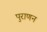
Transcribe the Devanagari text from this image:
पुराणन